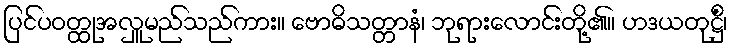
ပြင်ပဝတ္ထုအလှူမည်သည်ကား။ ဗောဓိသတ္တာနံ၊ ဘုရားလောင်းတို့၏။ ဟဒယတုဋ္ဌိံ၊